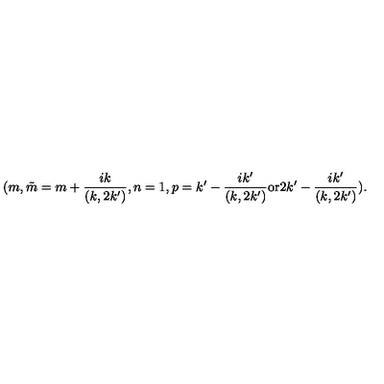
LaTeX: ( m , \tilde { m } = m + \frac { i k } { ( k , 2 k ^ { \prime } ) } , n = 1 , p = k ^ { \prime } - \frac { i k ^ { \prime } } { ( k , 2 k ^ { \prime } ) } \mathrm { o r } 2 k ^ { \prime } - \frac { i k ^ { \prime } } { ( k , 2 k ^ { \prime } ) } ) .